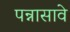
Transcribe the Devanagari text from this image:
पन्नासावे